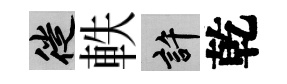
徙軼許乾